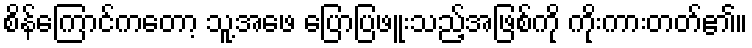
စိန်ကြောင်ကတော့ သူ့အဖေ ပြောပြဖူးသည့်အဖြစ်ကို ကိုးကားတတ်၏။